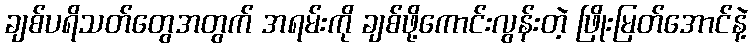
ချစ်ပရိသတ်တွေအတွက် အရမ်းကို ချစ်ဖို့ကောင်းလွန်းတဲ့ ဖြိုးမြတ်အောင်နဲ့